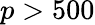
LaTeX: p>500